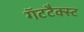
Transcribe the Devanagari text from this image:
गॅटटैक्स्ट